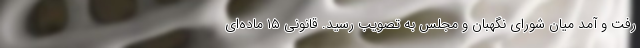
رفت و آمد میان شورای نگهبان و مجلس به تصویب رسید. قانونی ۱۵ ماده‌ای